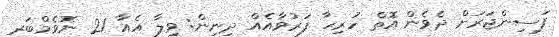
ފަސިންޖަރަށް ދެވެން އޮތް ހުރިހާ ފަރުވާއެއް ދިނިން: ވިލާ އެއާ 21 ނޮވެމްބަރ